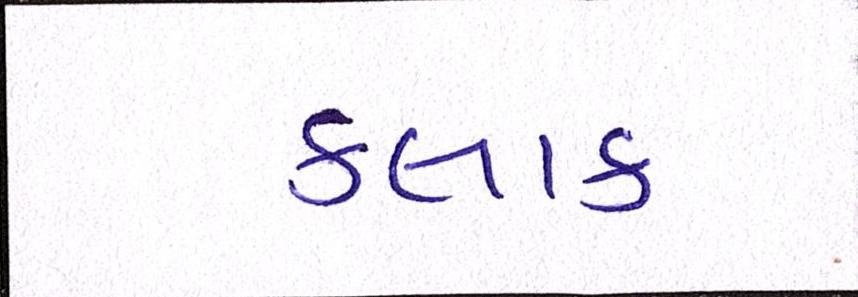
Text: કલાક